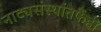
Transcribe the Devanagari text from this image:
नाट्यसंस्थांतर्फेही